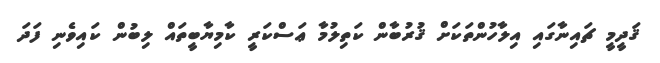
ޤަދީމީ ޗައިނާގައި އިލާހުންތަކަށް ޤުރުބާން ކަތިލުމާ ޢަސްކަރީ ކާމިޔާބީތައް ލިބުން ކައިވެނި ފަދަ